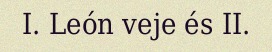
I. León veje és II.